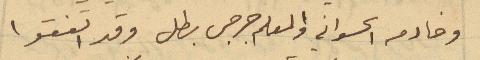
وخادمه الحسواني والمعلم جرجس بطل وقد اتفقوا